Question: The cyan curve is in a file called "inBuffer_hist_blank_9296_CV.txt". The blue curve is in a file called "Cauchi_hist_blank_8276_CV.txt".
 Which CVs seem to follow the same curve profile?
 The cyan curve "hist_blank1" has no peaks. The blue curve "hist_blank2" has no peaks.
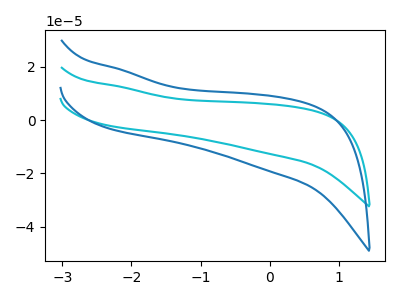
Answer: <think>Neither "hist_blank1" or "hist_blank2" have any peaks.
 </think>
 <answer>"hist_blank2" and "hist_blank1" have the same shape and are likely CV's of the same chemical.</answer>
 <eval>"hist_blank2" "hist_blank1"</eval>